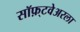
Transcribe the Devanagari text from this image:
सॉफ़्टवेअरला